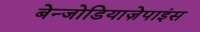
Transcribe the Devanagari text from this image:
बेन्जोडियाज़ेपाइंस